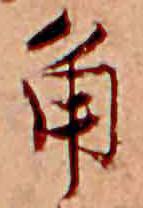
角